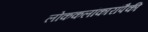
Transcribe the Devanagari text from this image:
लोककलांकारांपैकी